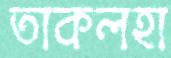
তাকলহা